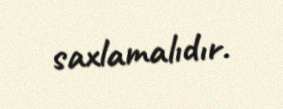
saxlamalıdır.